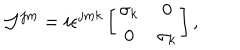
LaTeX: { \cal J } ^ { j m } = i \epsilon ^ { j m k } \left[ \begin{array} { c c } { { \sigma _ { k } } } & { { 0 } } \\ { { 0 } } & { { \sigma _ { k } } } \\ \end{array} \right] ,